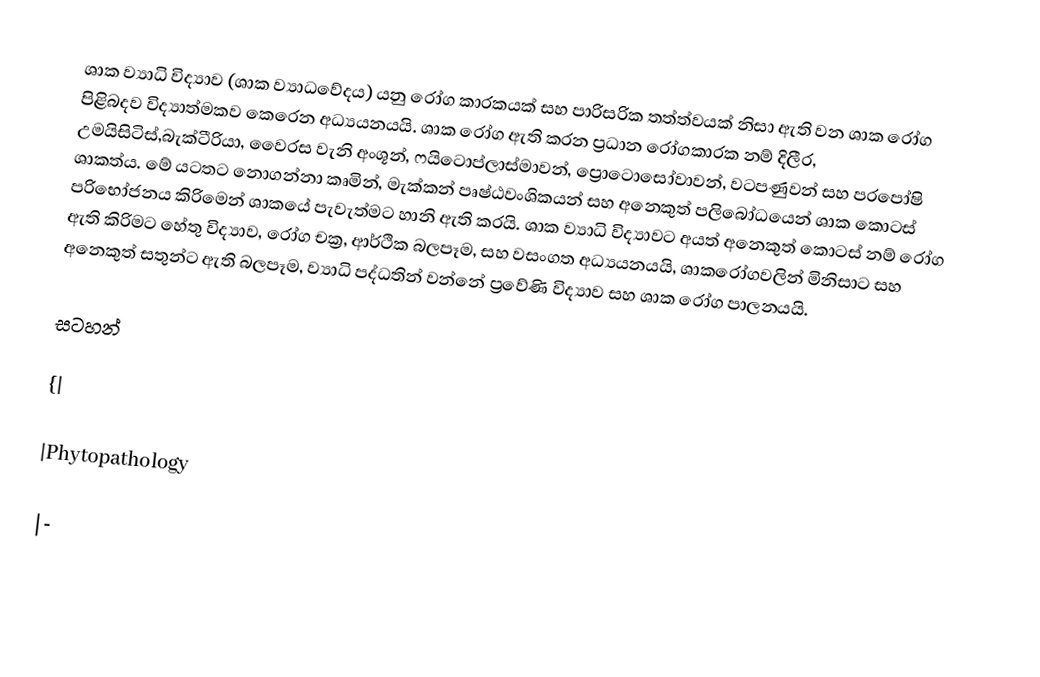
ශාක ව්‍යාධි විද්‍යාව (ශාක ව්‍යාධවේදය) යනු රෝග කාරකයක් සහ පාරිසරික තත්ත්වයක් නිසා ඇති වන ශාක රෝග පිළිබදව විද්‍යාත්මකව කෙරෙන අධ්‍යයනයයි. ශාක රෝග ඇති කරන ප්‍රධාන රෝගකාරක නම් දිලීර, උමයිසිටිස්,බැක්ටීරියා, වෛරස වැනි අංශූන්, ෆයිටොප්ලාස්මාවන්, ප්‍රොටොසෝවාවන්, වටපණුවන් සහ පරපෝෂි ශාකත්ය. මේ යටතට නොගන්නා කෘමින්, මැක්කන් පෘෂ්ඨවංශිකයන් සහ අනෙකුත් පලිබෝධයෙන් ශාක කොටස් පරිභෝජනය කිරිමෙන් ශාකයේ පැවැත්මට හානි ඇති කරයි. ශාක ව්‍යාධි විද්‍යාවට අයත් අනෙකුත් කොටස් නම් රෝග ඇති කිරිමට හේතු විද්‍යාව, රෝග චක්‍ර, ආර්ථික බලපෑම, සහ වසංගත අධ්‍යයනයයි, ශාකරෝගවලින් මිනිසාට සහ අනෙකුත් සතුන්ට ඇති බලපෑම, ව්‍යාධි පද්ධතින් වන්නේ ප්‍රවේණි විද්‍යාව සහ ශාක රෝග පාලනයයි.

සටහන්

{|

|Phytopathology

|-